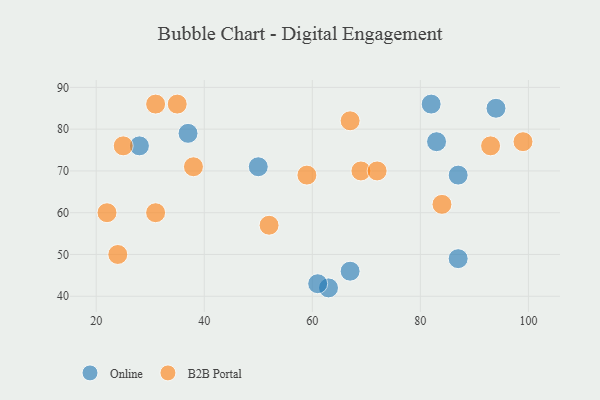
{"axis": {"x": "GDP", "y": "Life Expectancy"}, "legend": ["B2B Portal", "Online"], "data": [{"x": "28", "y": 76, "type": "Online"}, {"x": "50", "y": 71, "type": "Online"}, {"x": "94", "y": 85, "type": "Online"}, {"x": "87", "y": 49, "type": "Online"}, {"x": "83", "y": 77, "type": "Online"}, {"x": "82", "y": 86, "type": "Online"}, {"x": "63", "y": 42, "type": "Online"}, {"x": "87", "y": 69, "type": "Online"}, {"x": "61", "y": 43, "type": "Online"}, {"x": "37", "y": 79, "type": "Online"}, {"x": "67", "y": 46, "type": "Online"}, {"x": "69", "y": 70, "type": "B2B Portal"}, {"x": "59", "y": 69, "type": "B2B Portal"}, {"x": "24", "y": 50, "type": "B2B Portal"}, {"x": "35", "y": 86, "type": "B2B Portal"}, {"x": "52", "y": 57, "type": "B2B Portal"}, {"x": "38", "y": 71, "type": "B2B Portal"}, {"x": "22", "y": 60, "type": "B2B Portal"}, {"x": "99", "y": 77, "type": "B2B Portal"}, {"x": "25", "y": 76, "type": "B2B Portal"}, {"x": "31", "y": 86, "type": "B2B Portal"}, {"x": "72", "y": 70, "type": "B2B Portal"}, {"x": "67", "y": 82, "type": "B2B Portal"}, {"x": "93", "y": 76, "type": "B2B Portal"}, {"x": "84", "y": 62, "type": "B2B Portal"}, {"x": "31", "y": 60, "type": "B2B Portal"}]}